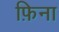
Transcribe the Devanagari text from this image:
फ़िना